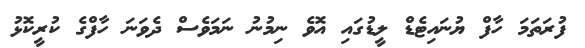
ފުރަތަމަ ހާފް ޔުނައިޓެޑް ލީޑުގައި އޮވެ ނިމުނު ނަމަވެސް ދެވަނަ ހާފްގެ ކުރީކޮޅު